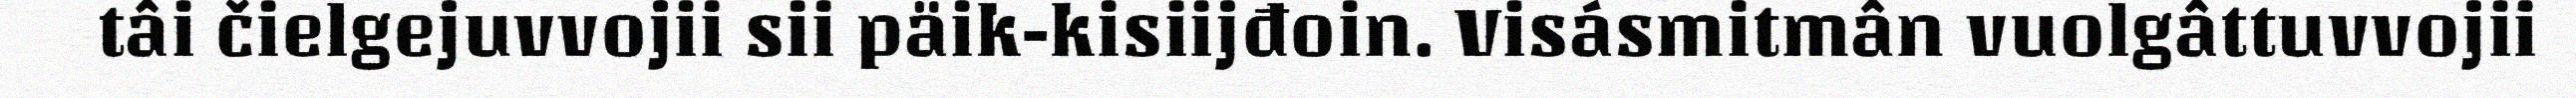
tâi čielgejuvvojii sii päik-kisiijđoin. Visásmitmân vuolgâttuvvojii